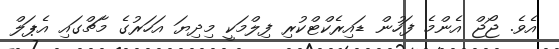
އެވެ. ޖޯޖް އެންމެ ފަހުން ޑައިރެކްޓްކުރި ފިލްމަކީ މިދިޔަ އަހަރުގެ މާޗްގައި އެޕަލް